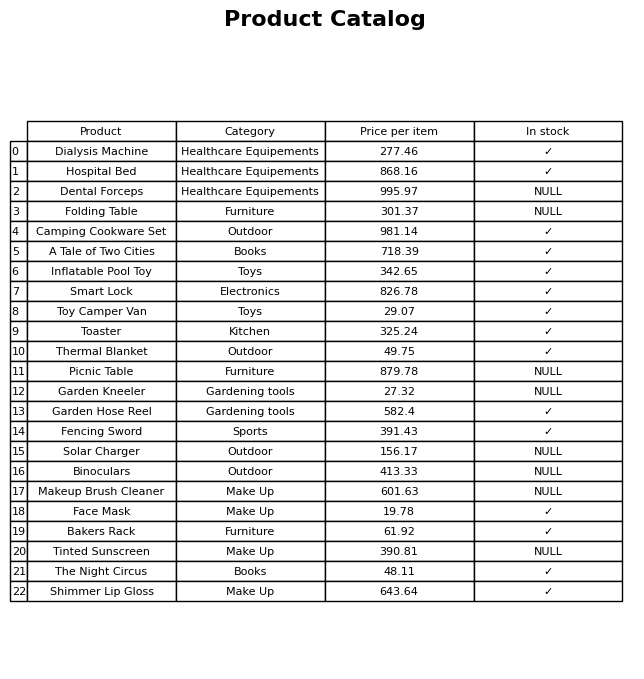
question: What category does the Thermal Blanket belong to?
answer: Outdoor